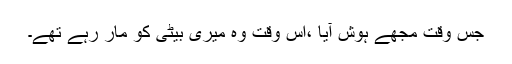
جس وقت مجھے ہوش آیا ،اس وقت وہ میری بیٹی کو مار رہے تھے۔